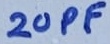
Text: 20PF